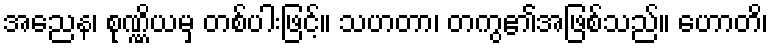
အညေန၊ စုဏ္ဏိယမှ တစ်ပါးဖြင့်။ သဟတာ၊ တကွ၏အဖြစ်သည်။ ဟောတိ၊